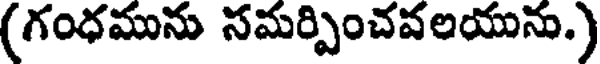
(గంధమును సమర్పించవలయును.)